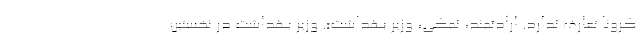
کرونا تعارف ندارد. ارادتمند، نمکی، وزیر بهداشت». وزیر بهداشت در نخستین